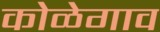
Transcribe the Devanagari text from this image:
कोळेगाव